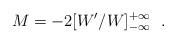
\begin{align*}M=-2[W'/W]^{+\infty}_{-\infty}~~.\end{align*}